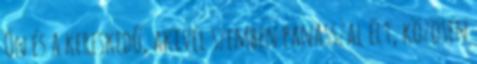
Ön és a kereskedő, akivel szemben panasszal élt, közösen